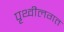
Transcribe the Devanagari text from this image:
पृथ्वीलगत